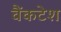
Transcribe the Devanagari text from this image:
वैंकटेश